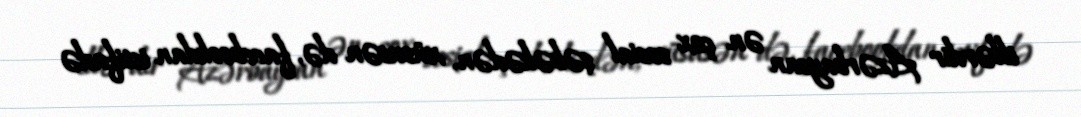
illərdir Azərbaycan ən çox sosial şəbəkədən, xüsusən də, facebookdan istifadə